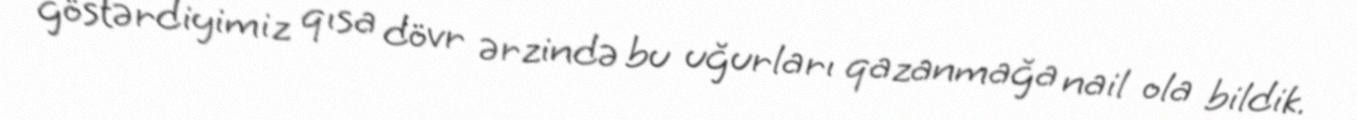
göstərdiyimiz qısa dövr ərzində bu uğurları qazanmağa nail ola bildik.